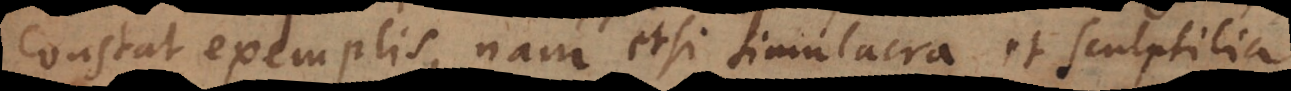
constat exemplis, nam etsi simulacra et sculptilia